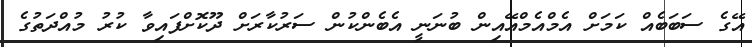
އޭގެ ސަބަބެއް ކަމަށް އެމްއެމްއޭއިން ބުނަނީ އެބެންކުން ސަރުކާރަށް ދޫކޮށްފައިވާ ކުރު މުއްދަތުގެ